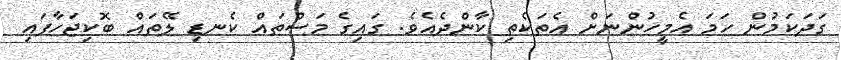
ގަދަކަމުން ހަމަ އެމީހުންނަށް އެތަކެތި ކާންދެއެވެ. ގައިގެ މަސްތައް ކެނޑި ލޭތައް ބޮކިޖަހާފައި